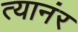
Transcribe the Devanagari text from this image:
त्यानंर